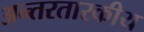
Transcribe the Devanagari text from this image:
अन्तरतारकीय